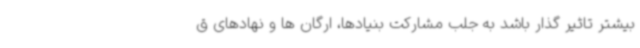
بیشتر تاثیر گذار باشد به جلب مشارکت بنیادها، ارگان ها و نهادهای ق